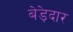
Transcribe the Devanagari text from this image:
बेड़ेदार